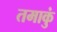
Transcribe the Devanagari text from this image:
तमाकुं